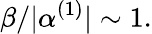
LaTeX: \beta/|\alpha^{(1)}|\sim 1.